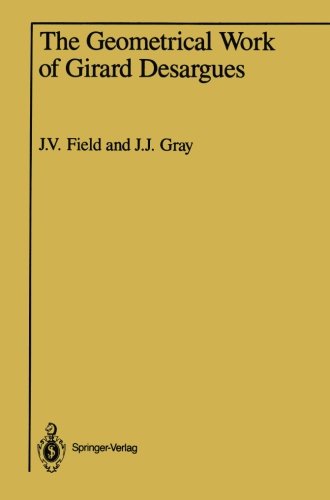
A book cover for The Geometrical Work of Girard Desargues; Science & Math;